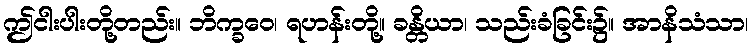
ဤငါးပါးတို့တည်း။ ဘိက္ခဝေ၊ ရဟန်းတို့။ ခန္တိယာ၊ သည်းခံခြင်း၌။ အာနိသံသာ၊